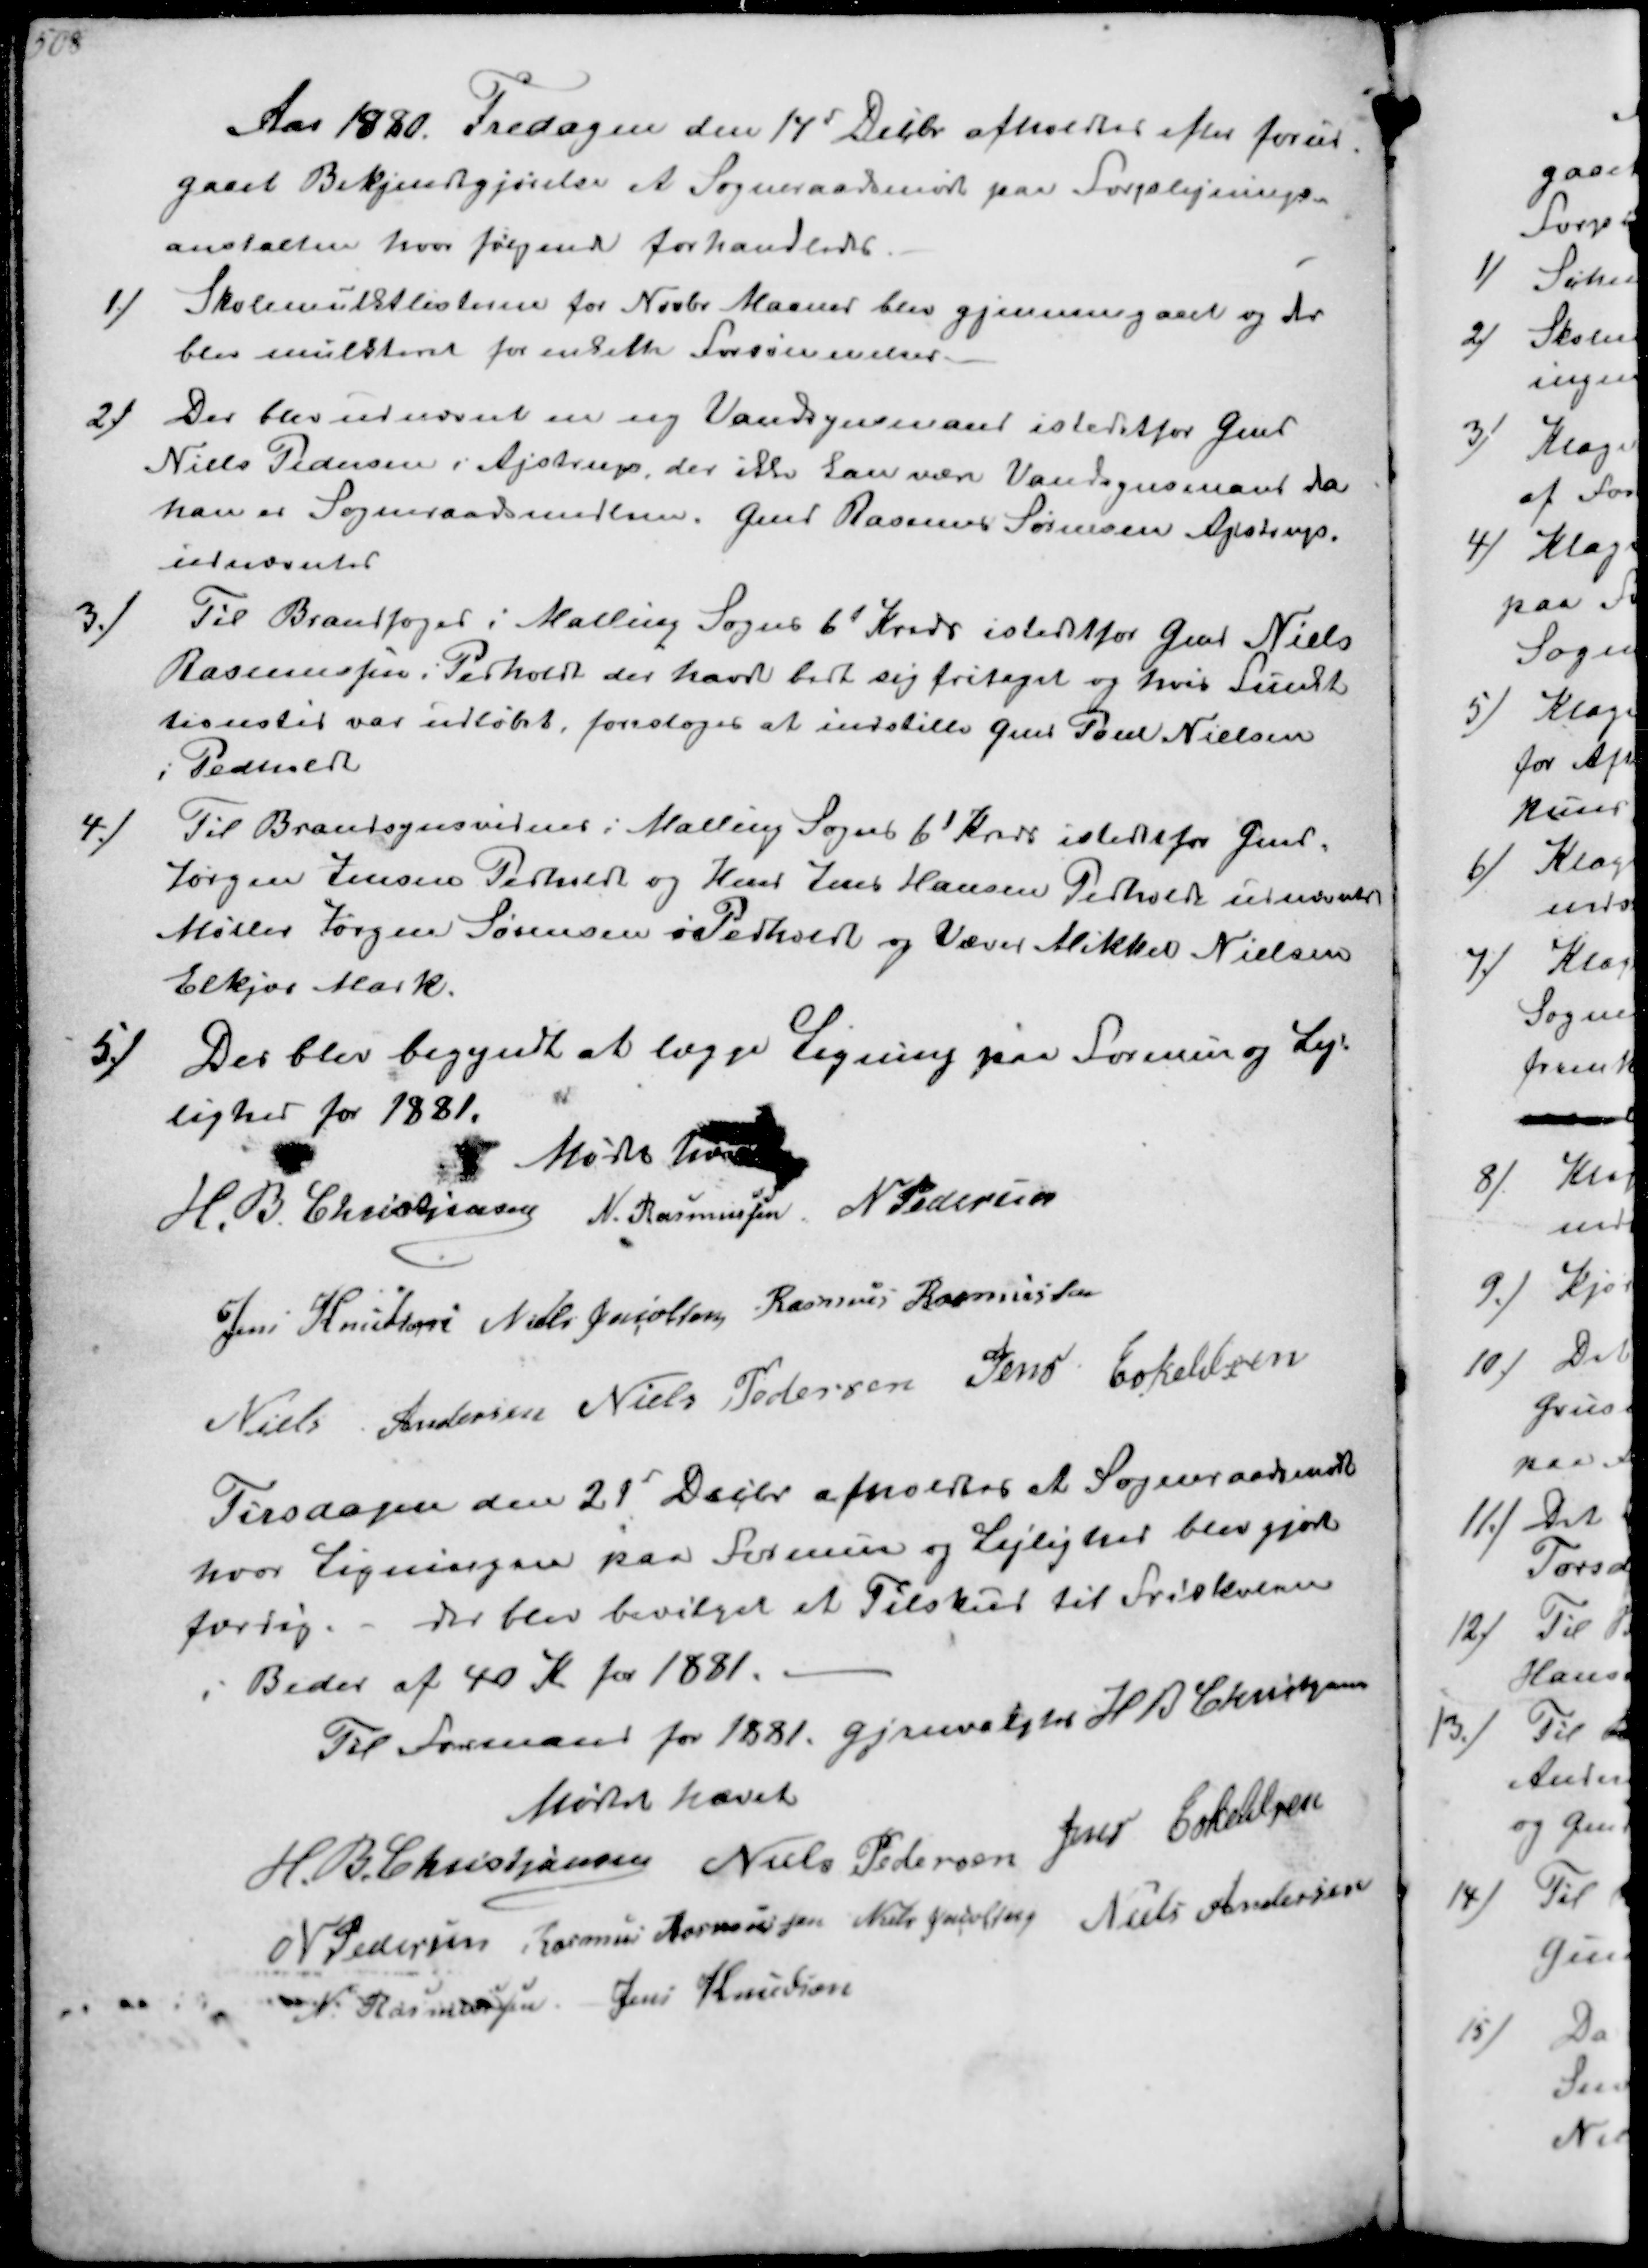
Transskription:
Aar 1880 Fredagen den 14d Decbr. afholdtes efter forud-
gaaet Bekjendtgjørelse et Sogneraadsmøde paa Forplejnings-
anstalten hvor følgende forhandledes
1/
Skolemulktlisterne for Novbr Maaned blev gjennemgaaet og der
blev mulkteret for enkelte Forsømmelser.
2/
Der blev udnævnt en ny Vandsynsmand istedetfor Gmd
Niels Pedersen i Ajstrup, der ikke kan være Vandsynsmand da
han er Sogneraadsmedlem. Gmd Rasmus Sørensen Ajstrup.
udnævntes
3./
Til Brandfoged i Malling Sogns 6' Kreds istedetfor Gmd Niels
Rasmussen i Pedholdt der havde bedt sig fritaget og hvis Funk-
tionstid var udløbet, foresloges at indstille Gmd Poul Nielsen
Pedholdt
4/
Til Brandsynsvidner i Malling Sogns 6' Kreds istedetfor Gmd.
Jørgen Jensen Pedholdt og Hmd Jens Hansen Pedholdt udnævntes
Møller Jørgen Sørensen i Pedholdt og Væver Mikkel Nielsen
Elkjær Mark.
5/
Der blev begyndt at lægge Ligning paa Formue og Lej-
lighed for 1881.
Mødet hævet
H. B. Christjansen
N. Rasmussen
N Pedersen
Jens Knudsen
Niels Jacobsen
Rasmus Rasmussen
Niels Andersen
Niels Pedersen
Jens Eskeldsen

Tirsdagen den 21-' Decbr afholdtes et Sogneraadsmøde
hvor ligningen paa Formue og Lejlighed blev gjort
færdig.- der blev bevilget et Tilskud til Friskolen
i Beder af 40 Kr for 1881.
Til Formand for 1881 gjenvalgtes H B Christjansen
Mødet hævet
H. B. Christjansen
Niels Pedersen
Jens Eskeldsen
N. Pedersen
Rasmus Rarnuussen
Niels Jacobsen
Niels Andersen
N. Rasmussen
Jens Knudsen